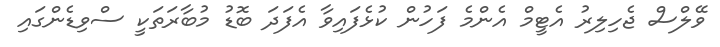
ވޭލްސް ޖެހިލިރު އެޓީމް އެންމެ ފަހުން ކުޅެފައިވާ އެފަދަ ބޮޑު މުބާރަތަކީ ސްވިޑެންގައި